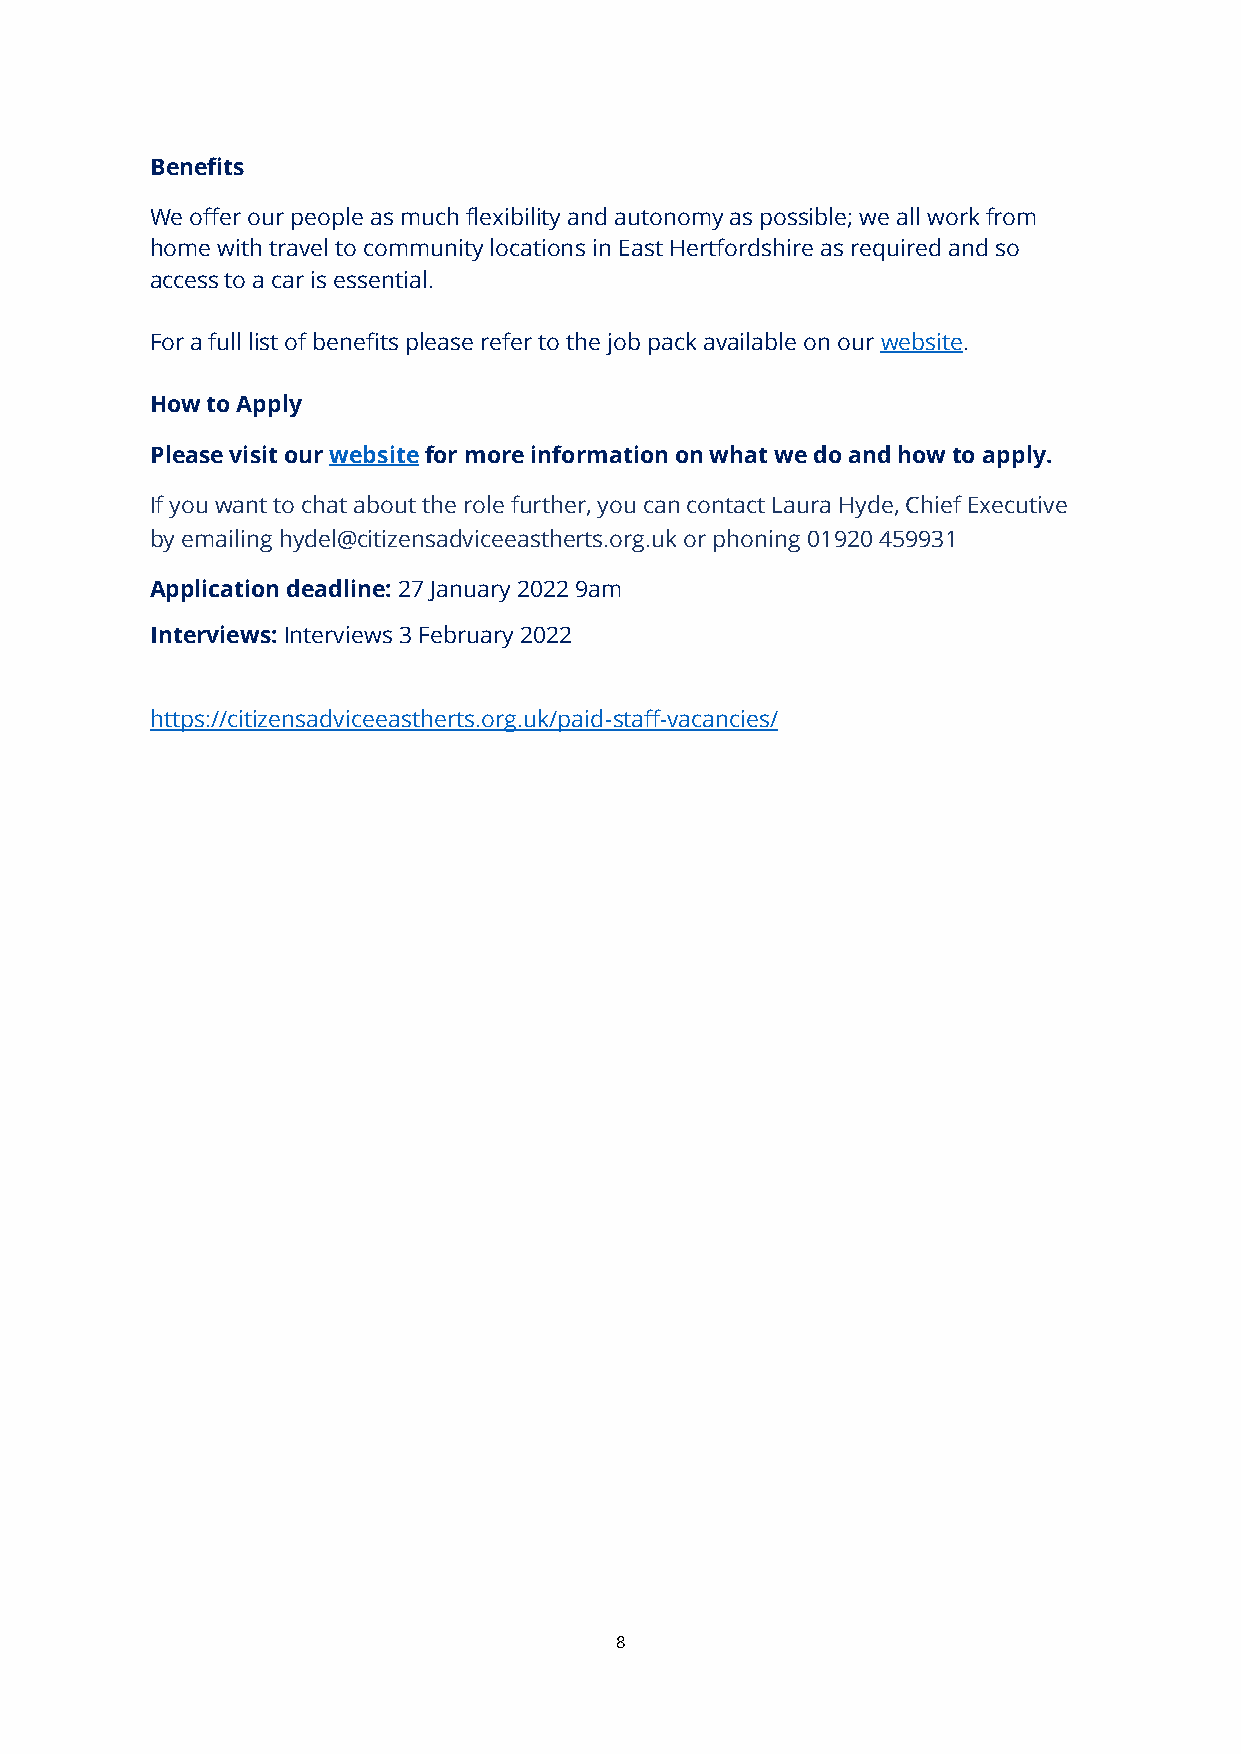
Benefits
 We offer our people as much flexibility and autonomy as possible; we all work from
 home with travel to community locations in East Hertfordshire as required and so
 access to a car is essential.
 For a full list of benefits please refer to the job pack available on our website.
 How to Apply
 Please visit our website for more information on what we do and how to apply.
 If you want to chat about the role further, you can contact Laura Hyde, Chief Executive
 by emailing hydel@citizensadviceeastherts.org.uk or phoning 01920 459931
 Application deadline: 27 January 2022 9am
 Interviews: Interviews 3 February 2022
 https://citizensadviceeastherts.org.uk/paid-staff-vacancies/
 8